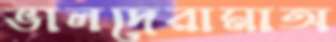
ভালদেরামাঅ